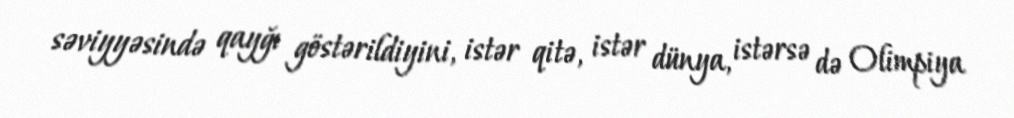
səviyyəsində qayğı göstərildiyini, istər qitə, istər dünya, istərsə də Olimpiya